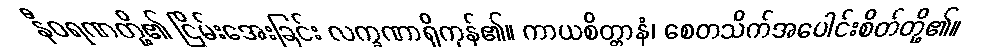
နီဝရဏတို့၏ ငြိမ်းအေးခြင်း လက္ခဏာရှိကုန်၏။ ကာယစိတ္တာနံ၊ စေတသိက်အပေါင်းစိတ်တို့၏။